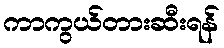
ကာကွယ်တားဆီးရန်